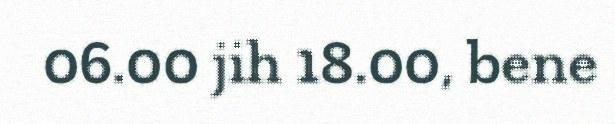
06.00 jih 18.00, bene